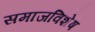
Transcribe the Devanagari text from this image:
समाजविशेष